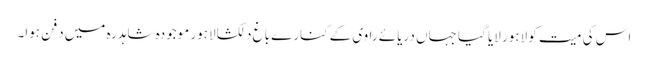
اس کی میت کو لاہور لایا گیا جہاں دریائے راوی کے کنارے باغ دلکشا لاہور موجودہ شاہدرہ میں دفن ہوا۔